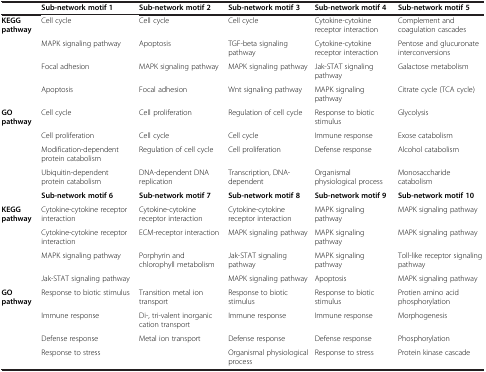
<table><thead><tr><td><b> </b></td><td><b>Sub-network motif 1</b></td><td><b>Sub-network motif 2</b></td><td><b>Sub-network motif 3</b></td><td><b>Sub-network motif 4</b></td><td><b>Sub-network motif 5</b></td></tr></thead><tbody><tr><td rowspan="4"><b>KEGG pathway</b></td><td>Cell cycle</td><td>Cell cycle</td><td>Cell cycle</td><td>Cytokine-cytokine receptor interaction</td><td>Complement and coagulation cascades</td></tr><tr><td>MAPK signaling pathway</td><td>Apoptosis</td><td>TGF-beta signaling pathway</td><td>Cytokine-cytokine receptor interaction</td><td>Pentose and glucuronate interconversions</td></tr><tr><td>Focal adhesion</td><td>MAPK signaling pathway</td><td>MAPK signaling pathway</td><td>Jak-STAT signaling pathway</td><td>Galactose metabolism</td></tr><tr><td>Apoptosis</td><td>Focal adhesion</td><td>Wnt signaling pathway</td><td>MAPK signaling pathway</td><td>Citrate cycle (TCA cycle)</td></tr><tr><td rowspan="4"><b>GO pathway</b></td><td>Cell cycle</td><td>Cell proliferation</td><td>Regulation of cell cycle</td><td>Response to biotic stimulus</td><td>Glycolysis</td></tr><tr><td>Cell proliferation</td><td>Cell cycle</td><td>Cell cycle</td><td>Immune response</td><td>Exose catabolism</td></tr><tr><td>Modification-dependent protein catabolism</td><td>Regulation of cell cycle</td><td>Cell proliferation</td><td>Defense response</td><td>Alcohol catabolism</td></tr><tr><td>Ubiquitin-dependent protein catabolism</td><td>DNA-dependent DNA replication</td><td>Transcription, DNA-dependent</td><td>Organismal physiological process</td><td>Monosaccharide catabolism</td></tr><tr><td> </td><td><b>Sub-network motif 6</b></td><td><b>Sub-network motif 7</b></td><td><b>Sub-network motif 8</b></td><td><b>Sub-network motif 9</b></td><td><b>Sub-network motif 10</b></td></tr><tr><td rowspan="4"><b>KEGG pathway</b></td><td>Cytokine-cytokine receptor interaction</td><td>Cytokine-cytokine receptor interaction</td><td>Cytokine-cytokine receptor interaction</td><td>MAPK signaling pathway</td><td>MAPK signaling pathway</td></tr><tr><td>Cytokine-cytokine receptor interaction</td><td>ECM-receptor interaction</td><td>MAPK signaling pathway</td><td>MAPK signaling pathway</td><td>MAPK signaling pathway</td></tr><tr><td>MAPK signaling pathway</td><td>Porphyrin and chlorophyll metabolism</td><td>Jak-STAT signaling pathway</td><td>MAPK signaling pathway</td><td>Toll-like receptor signaling pathway</td></tr><tr><td>Jak-STAT signaling pathway</td><td> </td><td>MAPK signaling pathway</td><td>Apoptosis</td><td>MAPK signaling pathway</td></tr><tr><td rowspan="4"><b>GO pathway</b></td><td>Response to biotic stimulus</td><td>Transition metal ion transport</td><td>Response to biotic stimulus</td><td>Response to biotic stimulus</td><td>Protien amino acid phosphorylation</td></tr><tr><td>Immune response</td><td>Di-, tri-valent inorganic cation transport</td><td>Immune response</td><td>Immune response</td><td>Morphogenesis</td></tr><tr><td>Defense response</td><td>Metal ion transport</td><td>Defense response</td><td>Defense response</td><td>Phosphorylation</td></tr><tr><td>Response to stress</td><td> </td><td>Organismal physiological process</td><td>Response to stress</td><td>Protein kinase cascade</td></tr></tbody></table>